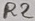
Text: R2